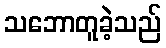
သဘောတူခဲ့သည်